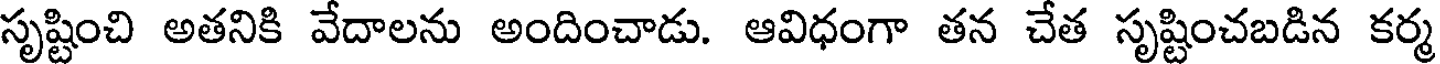
సృష్టించి అతనికి వేదాలను అందించాడు. ఆవిధంగా తన చేత సృష్టించబడిన కర్మ